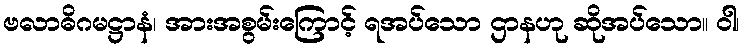
ဗလာဓိဂမဋ္ဌာနံ၊ အားအစွမ်းကြောင့် ရအပ်သော ဌာနဟု ဆိုအပ်သော။ ဝါ၊